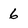
Character: 6